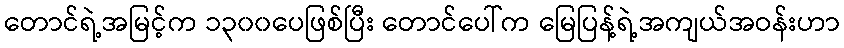
တောင်ရဲ့အမြင့်က ၁၃၀၀ပေဖြစ်ပြီး တောင်ပေါ်က မြေပြန့်ရဲ့အကျယ်အဝန်းဟာ